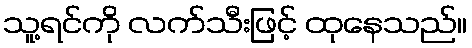
သူ့ရင်ကို လက်သီးဖြင့် ထုနေသည်။